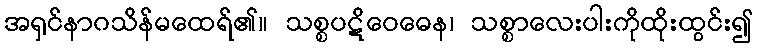
အရှင်နာဂသိန်မထေရ်၏။ သစ္စပဋိဝေဓေန၊ သစ္စာလေးပါးကိုထိုးထွင်း၍